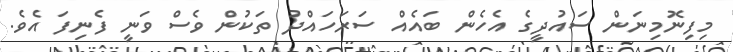
މިފިނޮމިނަން ސައުދީގެ އެހެން ބައެއް ސަރަހައްދު ތަކުން ވެސް ވަނީ ފެނިފަ އެވެ.